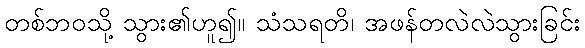
တစ်ဘဝသို့ သွား၏ဟူ၍။ သံသရတိ၊ အဖန်တလဲလဲသွားခြင်း